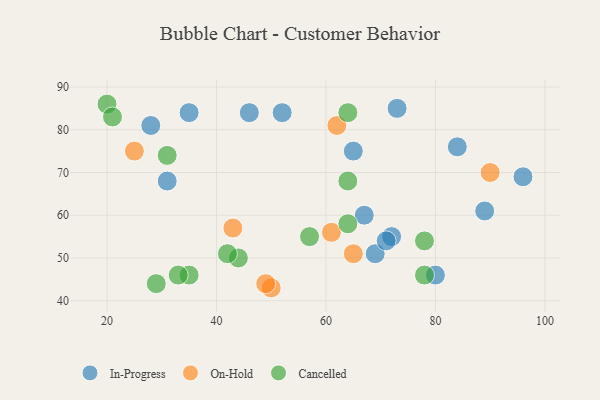
{"axis": {"x": "GDP", "y": "Life Expectancy"}, "legend": ["Cancelled", "In-Progress", "On-Hold"], "data": [{"x": "84", "y": 76, "type": "In-Progress"}, {"x": "89", "y": 61, "type": "In-Progress"}, {"x": "46", "y": 84, "type": "In-Progress"}, {"x": "65", "y": 75, "type": "In-Progress"}, {"x": "96", "y": 69, "type": "In-Progress"}, {"x": "73", "y": 85, "type": "In-Progress"}, {"x": "67", "y": 60, "type": "In-Progress"}, {"x": "31", "y": 68, "type": "In-Progress"}, {"x": "80", "y": 46, "type": "In-Progress"}, {"x": "28", "y": 81, "type": "In-Progress"}, {"x": "52", "y": 84, "type": "In-Progress"}, {"x": "72", "y": 55, "type": "In-Progress"}, {"x": "35", "y": 84, "type": "In-Progress"}, {"x": "69", "y": 51, "type": "In-Progress"}, {"x": "71", "y": 54, "type": "In-Progress"}, {"x": "50", "y": 43, "type": "On-Hold"}, {"x": "90", "y": 70, "type": "On-Hold"}, {"x": "65", "y": 51, "type": "On-Hold"}, {"x": "25", "y": 75, "type": "On-Hold"}, {"x": "49", "y": 44, "type": "On-Hold"}, {"x": "61", "y": 56, "type": "On-Hold"}, {"x": "43", "y": 57, "type": "On-Hold"}, {"x": "62", "y": 81, "type": "On-Hold"}, {"x": "64", "y": 84, "type": "Cancelled"}, {"x": "44", "y": 50, "type": "Cancelled"}, {"x": "78", "y": 54, "type": "Cancelled"}, {"x": "78", "y": 46, "type": "Cancelled"}, {"x": "64", "y": 68, "type": "Cancelled"}, {"x": "20", "y": 86, "type": "Cancelled"}, {"x": "35", "y": 46, "type": "Cancelled"}, {"x": "31", "y": 74, "type": "Cancelled"}, {"x": "29", "y": 44, "type": "Cancelled"}, {"x": "57", "y": 55, "type": "Cancelled"}, {"x": "21", "y": 83, "type": "Cancelled"}, {"x": "42", "y": 51, "type": "Cancelled"}, {"x": "33", "y": 46, "type": "Cancelled"}, {"x": "64", "y": 58, "type": "Cancelled"}]}